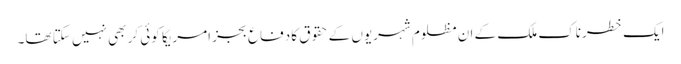
ایک خطرناک ملک کے ان مظلوم شہریوں کے حقوق کا دفاع بجز امریکا کوئی کر بھی نہیں سکتا تھا۔